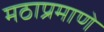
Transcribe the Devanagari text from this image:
मठाप्रमाणे